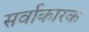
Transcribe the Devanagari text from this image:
सर्वाकारक